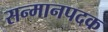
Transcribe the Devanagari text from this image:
सन्मानपदक